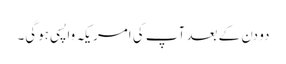
دو دن کے بعد آپ کی امریکہ واپسی ہوگی۔